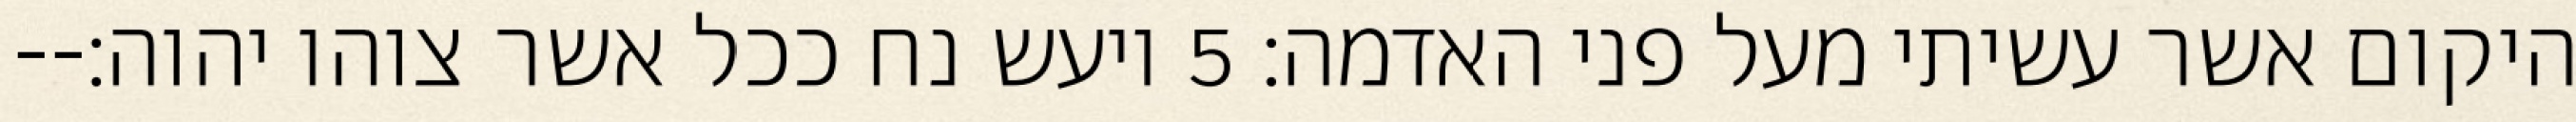
היקום אשר עשיתי מעל פני האדמה׃ ‎5‏ ויעש נח ככל אשר צוהו יהוה׃--